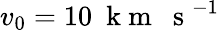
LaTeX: v_{0}=10~\mathrm{~k~m~~~s~}^{-1}